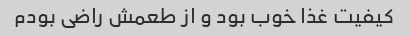
کیفیت غذا خوب بود و از طعمش راضی بودم